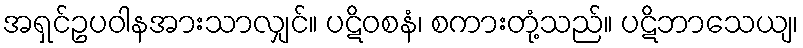
အရှင်ဥပဝါနအားသာလျှင်။ ပဋိဝစနံ၊ စကားတုံ့သည်။ ပဋိဘာသေယျ၊